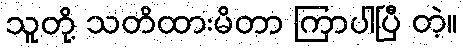
သူတို့ သတိထားမိတာ ကြာပါပြီ တဲ့။